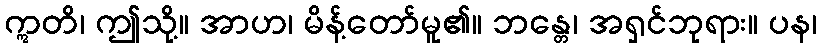
ဣတိ၊ ဤသို့။ အာဟ၊ မိန့်တော်မူ၏။ ဘန္တေ၊ အရှင်ဘုရား။ ပန၊